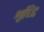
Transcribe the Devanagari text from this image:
शृध्दि